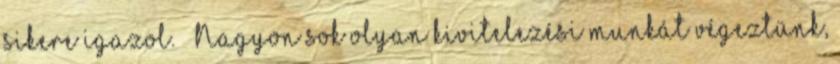
sikere igazol. — Nagyon sok olyan kivitelezési munkát végeztünk,